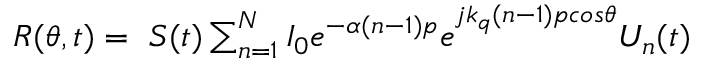
\begin{array} { r } { R ( \theta , t ) = \ S ( t ) \sum _ { n = 1 } ^ { N } { { I _ { 0 } e ^ { - \alpha ( n - 1 ) p } e } ^ { j k _ { q } ( n - 1 ) p c o s \theta } U _ { n } ( t ) } } \end{array}